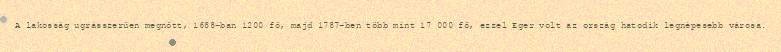
A lakosság ugrásszerűen megnőtt, 1688-ban 1200 fő, majd 1787-ben több mint 17 000 fő, ezzel Eger volt az ország hatodik legnépesebb városa.